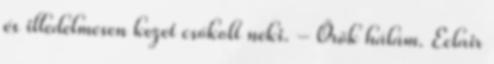
és illedelmesen kezet csókolt neki. - Örök hálám. Eclair